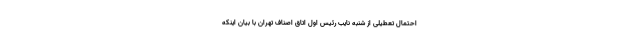
احتمال تعطیلی از شنبه نایب رئیس اول اتاق اصناف تهران با بیان اینکه